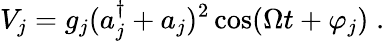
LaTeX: V_{j}=g_{j}(a_{j}^{\dagger}+a_{j})^{2}\cos(\Omega t+\varphi_{j})\; .